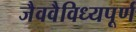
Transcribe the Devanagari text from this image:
जैववैविध्यपूर्ण